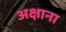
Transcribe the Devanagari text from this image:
अक्षाना